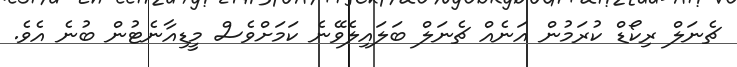
ޗެނަލް ރިކޯޑް ކުރަމުން އަނެއް ޗެނަލް ބަލައިލެވޭނެ ކަަމަށްވެސް މީޑިއާނެޓުން ބުނެ އެވެ.